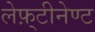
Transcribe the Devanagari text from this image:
लेफ़्टीनेण्ट